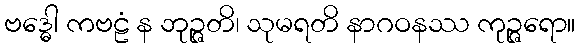
ဗဒ္ဓေါ ကဗဠံ န ဘုဉ္ဇတိ၊ သုမရတိ နာဂဝနဿ ကုဉ္ဇရော။